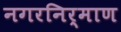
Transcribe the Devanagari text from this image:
नगरनिर्माण